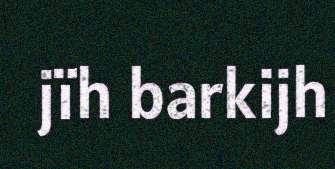
jïh barkijh